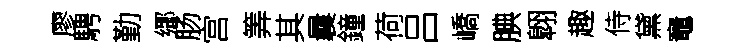
廖騁勤鄊肠宫筭其曩鐘荷吕嶠腆翺趣侍黛竈